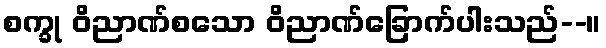
စက္ခု ဝိညာဏ်စသော ဝိညာဏ်ခြောက်ပါးသည်--။